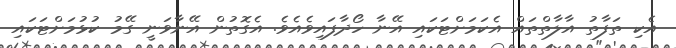
އެކި ތަފާތު އާލާތްތައް އެކަމަށްޓަކައި އޭނާ ހޯދާފައިވެއެވެ. އެގޮތުން އޭނާވަނީ ގޭމު ކުޅުމަށްޓަކައި